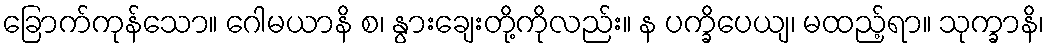
ခြောက်ကုန်သော။ ဂေါမယာနိ စ၊ နွားချေးတို့ကိုလည်း။ န ပက္ခိပေယျ၊ မထည့်ရာ။ သုက္ခာနိ၊